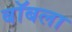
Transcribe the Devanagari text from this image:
बॉबला